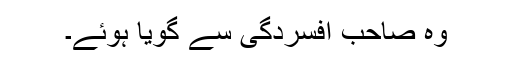
وہ صاحب افسردگی سے گویا ہوئے۔